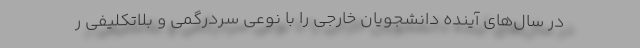
در سال‌های آینده دانشجویان خارجی را با نوعی سردرگمی و بلاتکلیفی ر